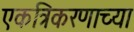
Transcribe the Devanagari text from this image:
एकत्रिकरणाच्या